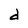
Character: d